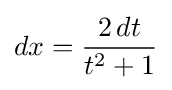
dx={\frac {2\,dt}{t^{2}+1}}